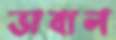
ভাবাল